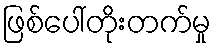
ဖြစ်ပေါ်တိုးတက်မှု